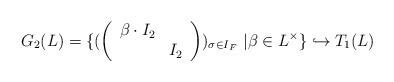
LaTeX: \begin{align*}G_2(L)=\{ ( \left( \begin{array} {cc} \beta \cdot I_2 & \\& I_2\end{array} \right) )_{\sigma \in I_F} \ \vert \beta \in L^{\times} \} \hookrightarrow T_1(L)\end{align*}